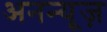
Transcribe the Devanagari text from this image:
अनन्यूज़